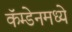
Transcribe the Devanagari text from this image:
कॅम्डेनमध्ये